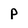
Character: p